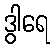
ဒွါရေ